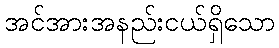
အင်အားအနည်းငယ်ရှိသော